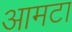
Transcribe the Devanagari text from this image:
आमटा